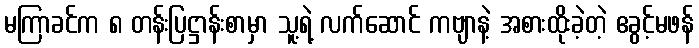
မကြာခင်က ၈ တန်းပြဋ္ဌာန်းစာမှာ သူ့ရဲ့ လက်ဆောင် ကဗျာနဲ့ အစားထိုးခဲ့တဲ့ ဧခွင့်မဖန်